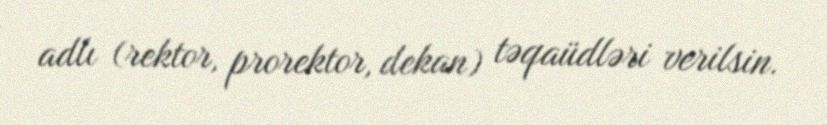
adlı (rektor, prorektor, dekan) təqaüdləri verilsin.